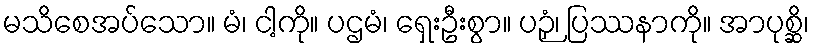
မသိစေအပ်သော။ မံ၊ ငါ့ကို။ ပဌမံ၊ ရှေးဦးစွာ။ ပဉှံ၊ ပြဿနာကို။ အာပုစ္ဆိ၊